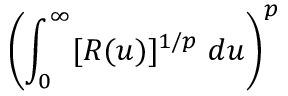
\left( \int _ { 0 } ^ { \infty } [ R ( u ) ] ^ { 1 / p } ~ d u \right) ^ { p }